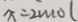
x = 2 m o l